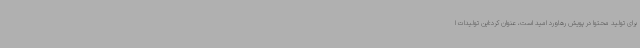
برای تولید محتوا در پویش رهاورد امید است، عنوان کرد:این تولیدات ا